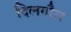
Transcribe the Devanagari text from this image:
दिलगौरा